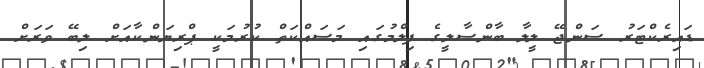
ޑައިރެކްޓަރު ސަންޖޭ ލީލާ ބާންސާލީގެ ފިލްމުގައި މަސައްކަތް ކުރުމަކީ ޕްރިޔަންކާއަށް ލިބޭ ވަރަށް